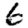
Digit: 6